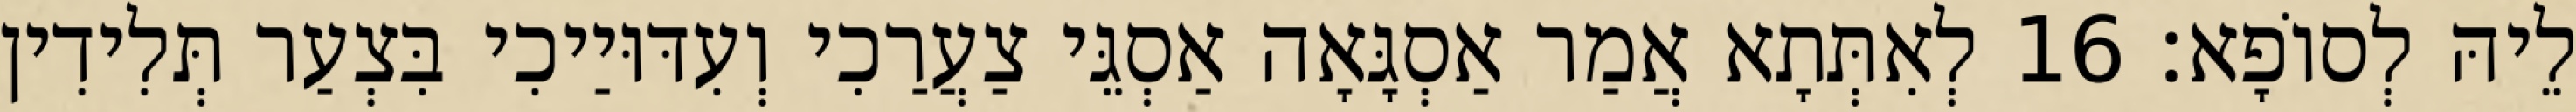
לֵיהּ לְסוֹפָא׃ 16 לְאִתְּתָא אֲמַר אַסְגָּאָה אַסְגֵּי צַעֲרַכִי וְעִדּוּיַיכִי בִּצְעַר תְּלִידִין